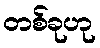
တစ်ခုဟု